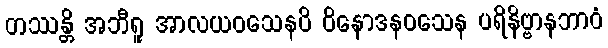
တဿန္တိ အဘီရူ အာလယဝသေနပိ ဝိနောဒနဝသေန ပရိနိဗ္ဗာနဘာဝံ